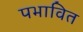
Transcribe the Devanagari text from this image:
पभावित